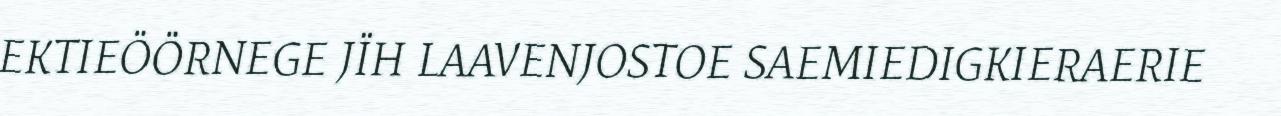
EKTIEÖÖRNEGE JÏH LAAVENJOSTOE SAEMIEDIGKIERAERIE